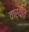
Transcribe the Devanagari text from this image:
वार्यात